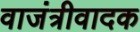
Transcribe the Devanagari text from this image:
वाजंत्रीवादक